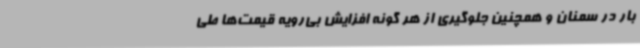
بار در سمنان و همچنین جلوگیری از هر گونه افزایش بی‌رویه قیمت‌ها طی